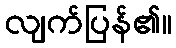
လျက်ပြန်၏။